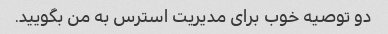
دو توصیه خوب برای مدیریت استرس به من بگویید.